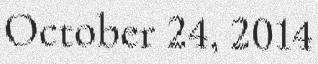
October 24, 2014